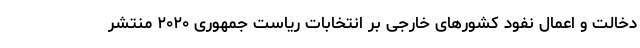
دخالت و اعمال نفود کشورهای خارجی بر انتخابات ریاست جمهوری ۲۰۲۰ منتشر